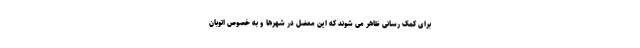
برای کمک رسانی ظاهر می شوند که این معضل در شهرها و به خصوص اتوبان